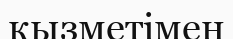
кызметімен